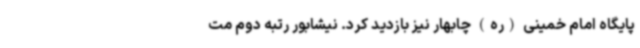
پایگاه امام خمینی (ره) چابهار نیز بازدید کرد. نیشابور رتبه دوم مت